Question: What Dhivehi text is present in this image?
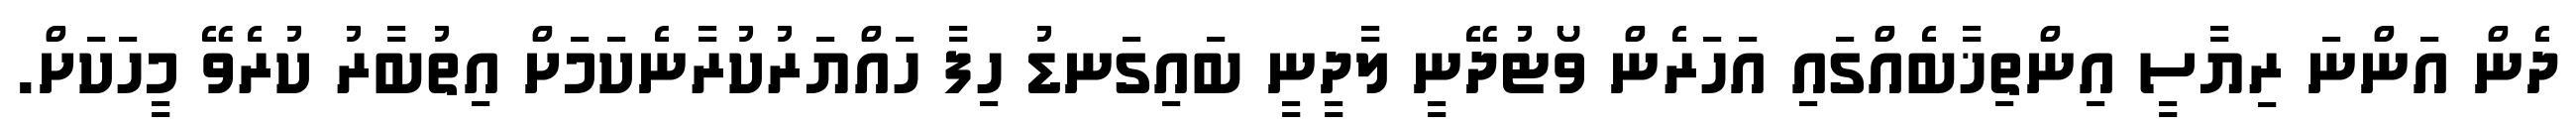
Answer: ދެން އަންނަ ރިޔާސީ އިންތިޚާބެއްގައި އަހަރެން ވޯޓުދޭނީ ލާދީނީ ބައިގަނޑު ހިފާ ހައްޔަރުކުރާނެކަމަށް އިތުބާރު ކުރެވޭ މީހަކަށް.